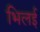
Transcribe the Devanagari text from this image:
भिलई